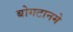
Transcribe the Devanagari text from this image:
बोगटानमे